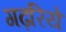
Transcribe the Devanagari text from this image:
गढ़रिये